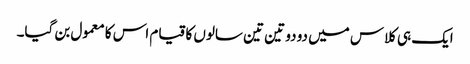
ایک ہی کلاس میں دو دو تین تین سالوں کا قیام اس کا معمول بن گیا۔